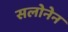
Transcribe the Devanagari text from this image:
सलोनेन